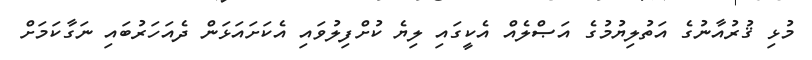
މުޅި ޤުރުއާނުގެ އަތުލިޔުމުގެ އަޞްލެއް އެކީގައި ލިޔެ ކުށްފިލުވައި އެކަށައަޅަން ދެއަހަރުބައި ނަގާކަމަށް